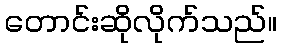
တောင်းဆိုလိုက်သည်။